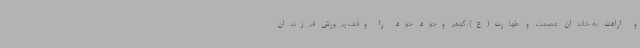
و ارادت به خاندان عصمت و طهارت(ع)، گوهر وجود خود را وقف پرورش فرزندان